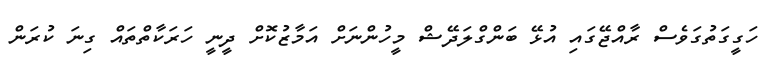
ހަގީގަތުގަވެސް ރާއްޖޭގައި އުޅޭ ބަންގްލަދޭޝް މީހުންނަށް އަމާޒުކޮށް ދީނީ ހަރަކާތްތައް ގިނަ ކުރަން